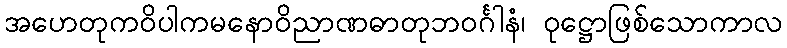
အဟေတုကဝိပါကမနောဝိညာဏဓာတုဘဝင်္ဂါနံ၊ ဝုဋ္ဌောဖြစ်သောကာလ